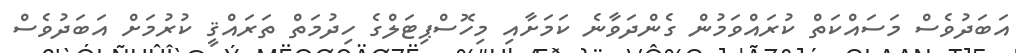
އަބަދުވެސް މަސައްކަތް ކުރައްވަމުން ގެންދަވާނެ ކަމަށާއި މިހޮސްޕިޓަލްގެ ހިދުމަތް ތަރައްޤީ ކުރުމަށް އަބަދުވެސް